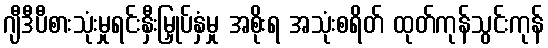
ဂျီဒီပီစားသုံးမှုရင်းနှီးမြှုပ်နှံမှု အစိုးရ အသုံးစရိတ် ထုတ်ကုန်သွင်းကုန်